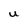
Character: U